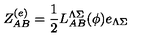
Z _ { A B } ^ { ( e ) } = { \frac { 1 } { 2 } } L _ { A B } ^ { \Lambda \Sigma } ( \phi ) e _ { \Lambda \Sigma }